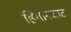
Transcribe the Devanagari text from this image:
हिंगानघाट